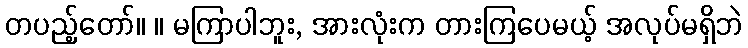
တပည့်တော်။ ။ မကြာပါဘူး, အားလုံးက တားကြပေမယ့် အလုပ်မရှိဘဲ